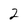
Character: 2